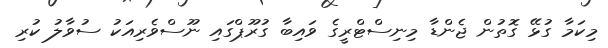
މިކަމާ ގުޅޭ ގޮތުން ޖެންޑާ މިނިސްޓްރީގެ ވައިބާ ގުރޫޕްގައި ނޫސްވެރިއަކު ސުވާލު ކުރި